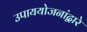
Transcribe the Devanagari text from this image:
उपाययोजनांद्वारे